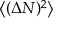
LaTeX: { \big \langle } ( \Delta N ) ^ { 2 } { \big \rangle }